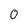
Character: 0